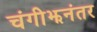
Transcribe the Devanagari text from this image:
चंगीझनंतर